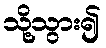
သို့သွား၍